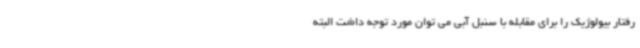
رفتار بیولوژیک را برای مقابله با سنبل آبی می توان مورد توجه داشت البته